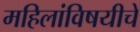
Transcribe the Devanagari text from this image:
महिलांविषयीचे